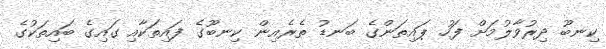
ކިނބޫ ދިރުވާލުމަށް ފަހު ޕައިތަންގެ ބަނޑު ތެރެއިން ކިނބޫގެ ފައިތަކާއި ގައިގެ ބައިތަކުގެ